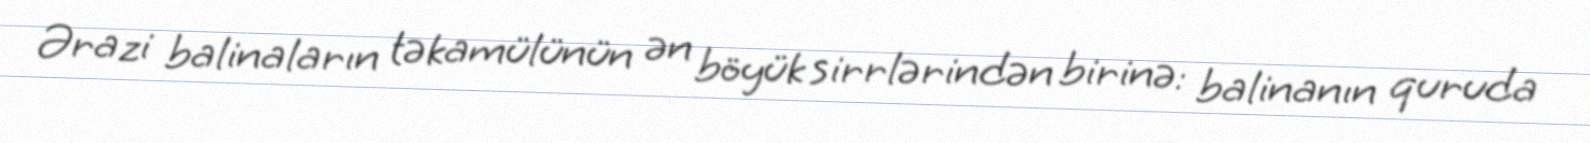
Ərazi balinaların təkamülünün ən böyük sirrlərindən birinə: balinanın quruda